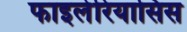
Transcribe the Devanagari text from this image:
फाइलेरियासिस